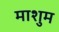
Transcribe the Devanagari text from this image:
माशुम